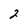
Character: 2